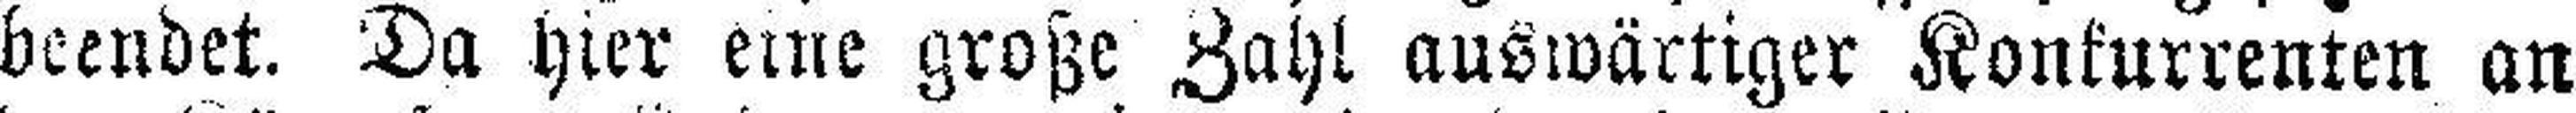
beendet. Da hier eine große Zahl auswärtiger Konkurrenten an